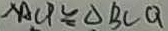
\Delta A C P \cong \Delta B C Q